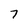
Character: 7